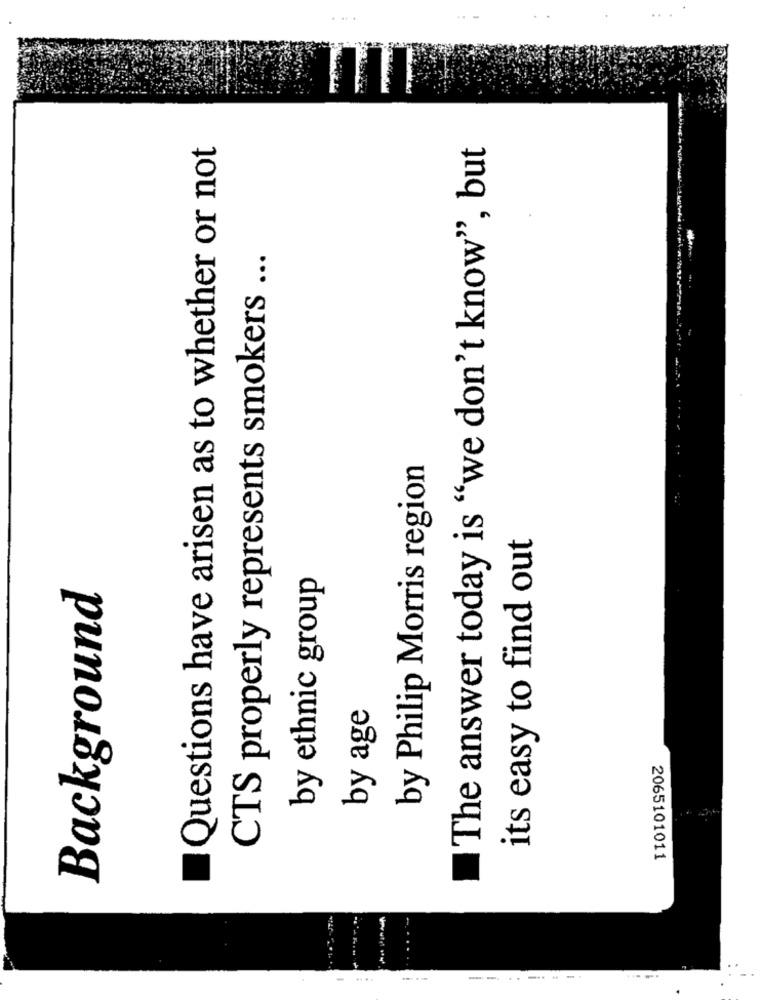
Questions have arisen as to whether or not
The answer today is "we don't know", but
CTS properly represents smokers ...
. .
by Philip Morris region
its easy to find out
by ethnic group
Background
by age
2065101011
....
--- -